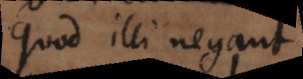
quod illi negant